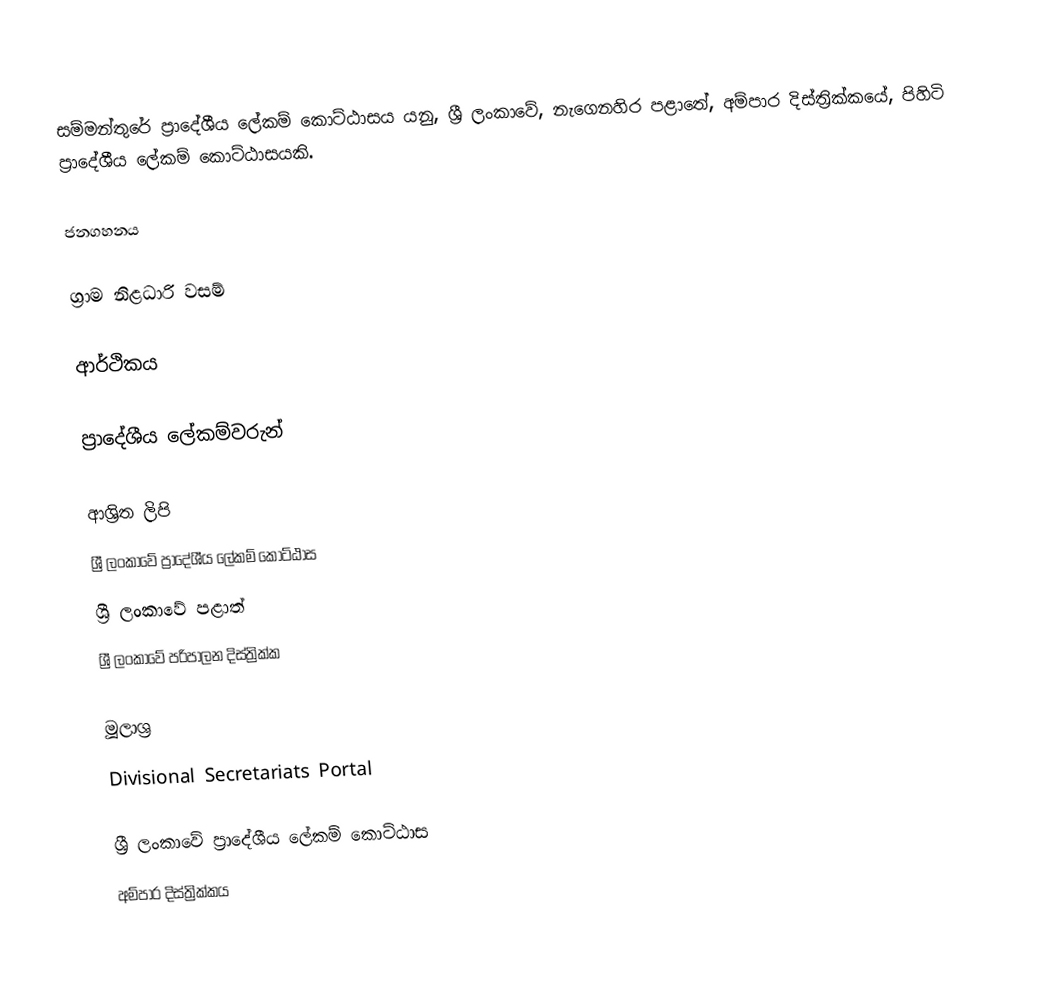
සම්මන්තුරේ ප්‍රාදේශීය ලේකම් කොට්ඨාසය යනු,  ශ්‍රී ලංකාවේ, නැගෙනහිර පළාතේ,   අම්පාර දිස්ත්‍රික්කයේ, පිහිටි ප්‍රාදේශීය ලේකම් කොට්ඨාසයකි.

ජනගහනය

ග්‍රාම නිළධාරි වසම්

ආර්ථිකය

ප්‍රාදේශීය ලේකම්වරුන්

ආශ්‍රිත ලිපි
ශ්‍රී ලංකාවේ ප්‍රාදේශීය ලේකම් කොට්ඨාස
ශ්‍රී ලංකාවේ පළාත්
ශ්‍රී ලංකාවේ පරිපාලන දිස්ත්‍රික්ක

මූලාශ්‍ර
 Divisional Secretariats Portal

ශ්‍රී ලංකාවේ ප්‍රාදේශීය ලේකම් කොට්ඨාස
අම්පාර දිස්ත්‍රික්කය